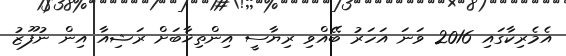
އެމެރިކާގައި 2016 ވަނަ އަހަރު ބޭއްވި ރިޔާސީ އިންތިޚާބަށް ރަޝިއާ އިން ނުފޫޒު